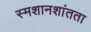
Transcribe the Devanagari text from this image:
स्मशानशांतता